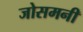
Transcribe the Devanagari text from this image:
जोसमनी